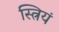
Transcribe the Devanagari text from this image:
स्त्रियं